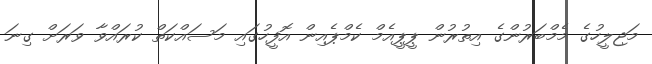
މަޖިލީހުގެ މެމްބަރުންގެ އިތުރުން ޕީޕީއެމް ކެމްޕެއިން އޮފީހުގައި މަސައްކަތް ކުރައްވާ ވަރަށް ގިނަ